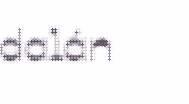
dalán